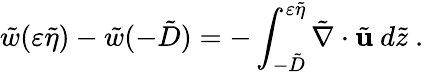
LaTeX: \tilde{w}(\varepsilon\tilde{\eta})-\tilde{w}(-\tilde{D})=-\int_{-\tilde{D}}^{\varepsilon\tilde{\eta}}\tilde{\nabla}\cdot\tilde{\mathbf{u}}~d\tilde{z}\ .